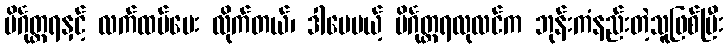
ပိင်္ဂုတ္တရနှင့် လက်ထပ်ပေး လိုက်တယ်၊ ဒါပေမယ့် ပိင်္ဂုတ္တရလုလင်က ဘုန်းကံနည်းတဲ့သူဖြစ်ပြီး